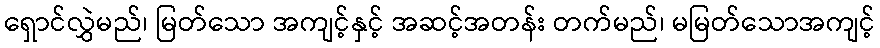
ရှောင်လွှဲမည်၊ မြတ်သော အကျင့်နှင့် အဆင့်အတန်း တက်မည်၊ မမြတ်သောအကျင့်